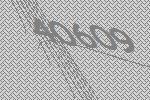
40609